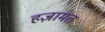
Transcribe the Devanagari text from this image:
हज़ामत